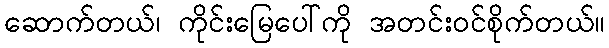
ဆောက်တယ်၊ ကိုင်းမြေပေါ်ကို အတင်းဝင်စိုက်တယ်။